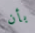
بأن